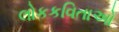
લોકકવિતાઓ